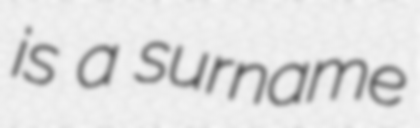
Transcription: is a surname